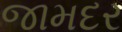
જામદર